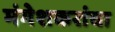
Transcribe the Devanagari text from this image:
मंगेशकरांचा